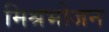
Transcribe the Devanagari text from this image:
मिश्रभोजन